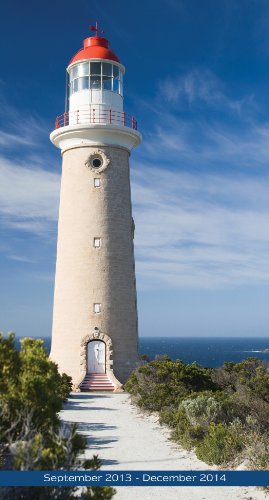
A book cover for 2014 Lighthouses Pocket Calendar; TF Publishing; Calendars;